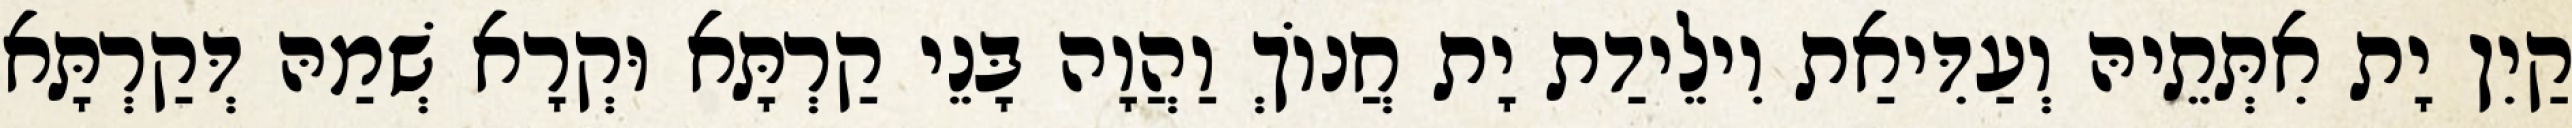
קַיִן יָת אִתְּתֵיהּ וְעַדִּיאַת וִילֵידַת יָת חֲנוֹךְ וַהֲוָה בָּנֵי קַרְתָּא וּקְרָא שְׁמַהּ דְּקַרְתָּא